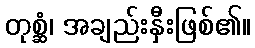
တုစ္ဆံ၊ အချည်းနှီးဖြစ်၏။